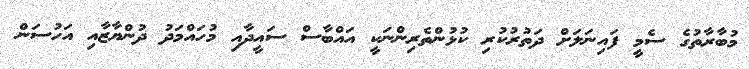
މުބާރާތުގެ ސެމީ ފައިނަލަށް ދަތުރުކުރި ކުޅުންތެރިންނަކީ އައްބާސް ސައީދާއި މުހައްމަދު ދުންޔާޒާއި އަހުސަން